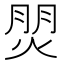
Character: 𤊏